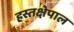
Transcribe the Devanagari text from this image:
हस्तक्षेपाल